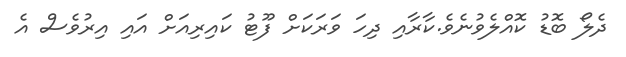
ދެލޯ ބޮޑު ކޮއްލެވުނެވެ.ކާރާއި ދިހަ ވަރަކަށް ފޫޓު ކައިރިއަށް އައި އިރުވެސް އެ